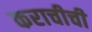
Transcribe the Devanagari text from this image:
कराचीची